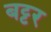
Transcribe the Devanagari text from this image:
बट्टर